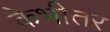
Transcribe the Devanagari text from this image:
केभीतर